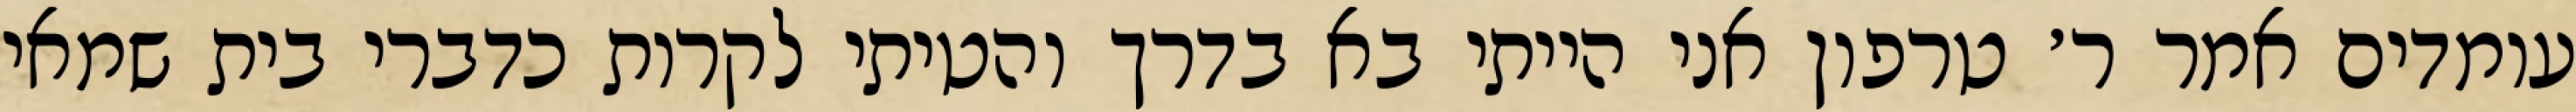
עומדים אמר ר׳ טרפון אני הייתי בא בדרך והטיתי לקרות כדברי בית שמאי